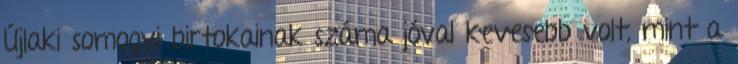
Újlaki somogyi birtokainak száma jóval kevesebb volt, mint a